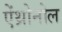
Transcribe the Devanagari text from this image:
ऐंथ्रोनोल